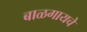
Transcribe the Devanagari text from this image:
बाळगायचे